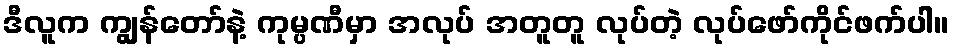
ဒီလူက ကျွန်တော်နဲ့ ကုမ္ပဏီမှာ အလုပ် အတူတူ လုပ်တဲ့ လုပ်ဖော်ကိုင်ဖက်ပါ။